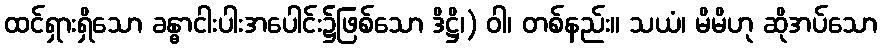
ထင်ရှားရှိသော ခန္ဓာငါးပါးအပေါင်း၌ဖြစ်သော ဒိဋ္ဌိ၊) ဝါ၊ တစ်နည်း။ သယံ၊ မိမိဟု ဆိုအပ်သော